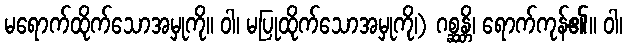
မရောက်ထိုက်သောအမှုကို။ ဝါ၊ မပြုထိုက်သောအမှုကို၊) ဂစ္ဆန္တိ၊ ရောက်ကုန်၏။ ဝါ၊